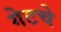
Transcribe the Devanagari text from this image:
गेटचे